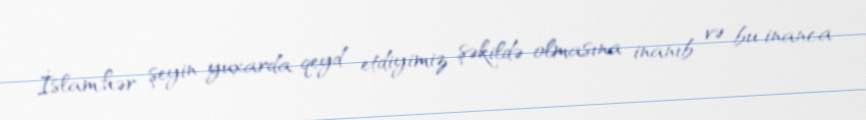
İslam,hər şeyin yuxarda qeyd etdiyimiz şəkildə olmasına inanıb və bu inanca